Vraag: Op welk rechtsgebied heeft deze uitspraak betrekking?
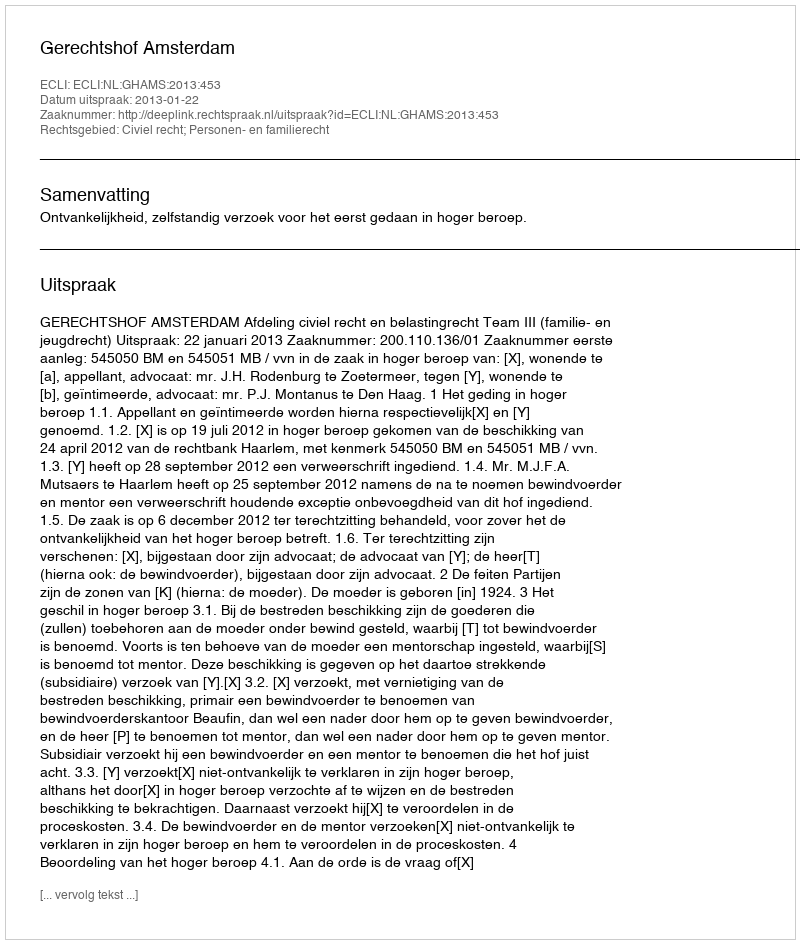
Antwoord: Civiel recht; Personen- en familierecht